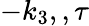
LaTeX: -k_{3},,\tau